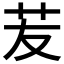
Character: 苃